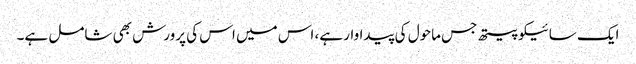
ایک سائیکوپیتھ جس ماحول کی پیداوار ہے، اس میں اس کی پرورش بھی شامل ہے۔